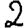
Digit: 2